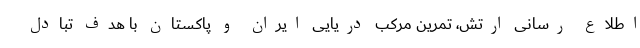
اطلاع رسانی ارتش، تمرین مرکب دریایی ایران و پاکستان با هدف تبادل